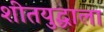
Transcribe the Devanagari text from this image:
शीतयुद्धाला